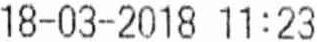
18-03-2018 11 : 23